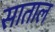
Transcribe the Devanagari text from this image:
साताल